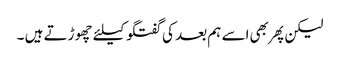
لیکن پهر بهی اسے ہم بعد کی گفتگو کیلئے چهوڑتے ہیں ۔